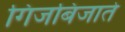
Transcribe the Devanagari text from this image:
गिजबिजाते